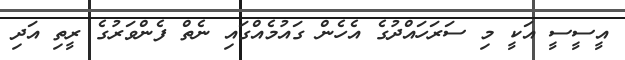
އީސީސީ އަކީ މި ސަރަހައްދުގެ އެހެން ގައުމެއްގައި ނެތް ފެންވަރުގެ ރީތި އަދި